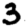
Digit: 3